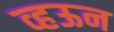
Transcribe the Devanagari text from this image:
व्हऊन